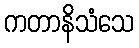
ကတာနိသံသေ